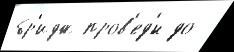
бр'идж пров'ед'́н до